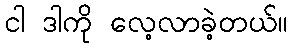
ငါ ဒါကို လေ့လာခဲ့တယ်။